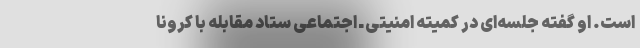
است. او گفته جلسه‌ای در کمیته امنیتی ـ اجتماعی ستاد مقابله با کرونا